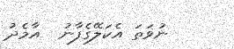
ނުވަތަ އެކަލޭގެފާނު  އާމެދު